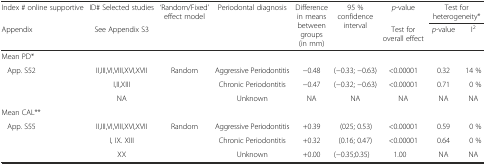
<table><thead><tr><td><b>Index # online supportive</b></td><td><b>ID# Selected studies</b></td><td rowspan="2"><b>‘Random/Fixed’ effect model</b></td><td rowspan="2"><b>Periodontal diagnosis</b></td><td rowspan="2"><b>Difference in means between groups (in mm)</b></td><td rowspan="2"><b>95 % confidence interval</b></td><td><b><i>p</i>-value</b></td><td colspan="2"><b>Test for heterogeneity*</b></td></tr><tr><td><b>Appendix</b></td><td><b>See Appendix S3</b></td><td><b>Test for overall effect</b></td><td><b><i>p</i>-value</b></td><td><b>I<sup>2</sup></b></td></tr></thead><tbody><tr><td colspan="9">Mean PD*</td></tr><tr><td rowspan="3">App. S52</td><td>II,III,VI,VIII,XVI,XVII</td><td rowspan="3">Random</td><td>Aggressive Periodontitis</td><td>−0.48</td><td>(−0.33; −0.63)</td><td>&lt;0.00001</td><td>0.32</td><td>14 %</td></tr><tr><td>I,II,XIII</td><td>Chronic Periodontitis</td><td>−0.47</td><td>(−0.32; −0.63)</td><td>&lt;0.00001</td><td>0.71</td><td>0 %</td></tr><tr><td>NA</td><td>Unknown</td><td>NA</td><td>NA</td><td>NA</td><td>NA</td><td>NA</td></tr><tr><td colspan="9">Mean CAL**</td></tr><tr><td rowspan="3">App. S55</td><td>II,III,VI,VIII,XVI,XVII</td><td rowspan="3">Random</td><td>Aggressive Periodontitis</td><td>+0.39</td><td>(025; 0.53)</td><td>&lt;0.00001</td><td>0.59</td><td>0 %</td></tr><tr><td>I, IX. XIII</td><td>Chronic Periodontitis</td><td>+0.32</td><td>(0.16; 0.47)</td><td>&lt;0.00001</td><td>0.64</td><td>0 %</td></tr><tr><td>XX</td><td>Unknown</td><td>+0.00</td><td>(−0.35;0.35)</td><td>1.00</td><td>NA</td><td>NA</td></tr></tbody></table>